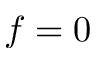
f = 0